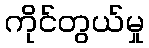
ကိုင်တွယ်မှု